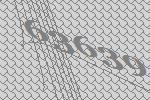
63639